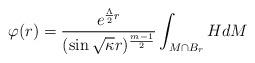
LaTeX: \begin{align*}\varphi(r)=\dfrac{e^{\frac{\Lambda}{2}r}}{(\sin\sqrt{\kappa}r)^{\frac{m-1}{2}}}\int_{M\cap B_r}HdM\end{align*}